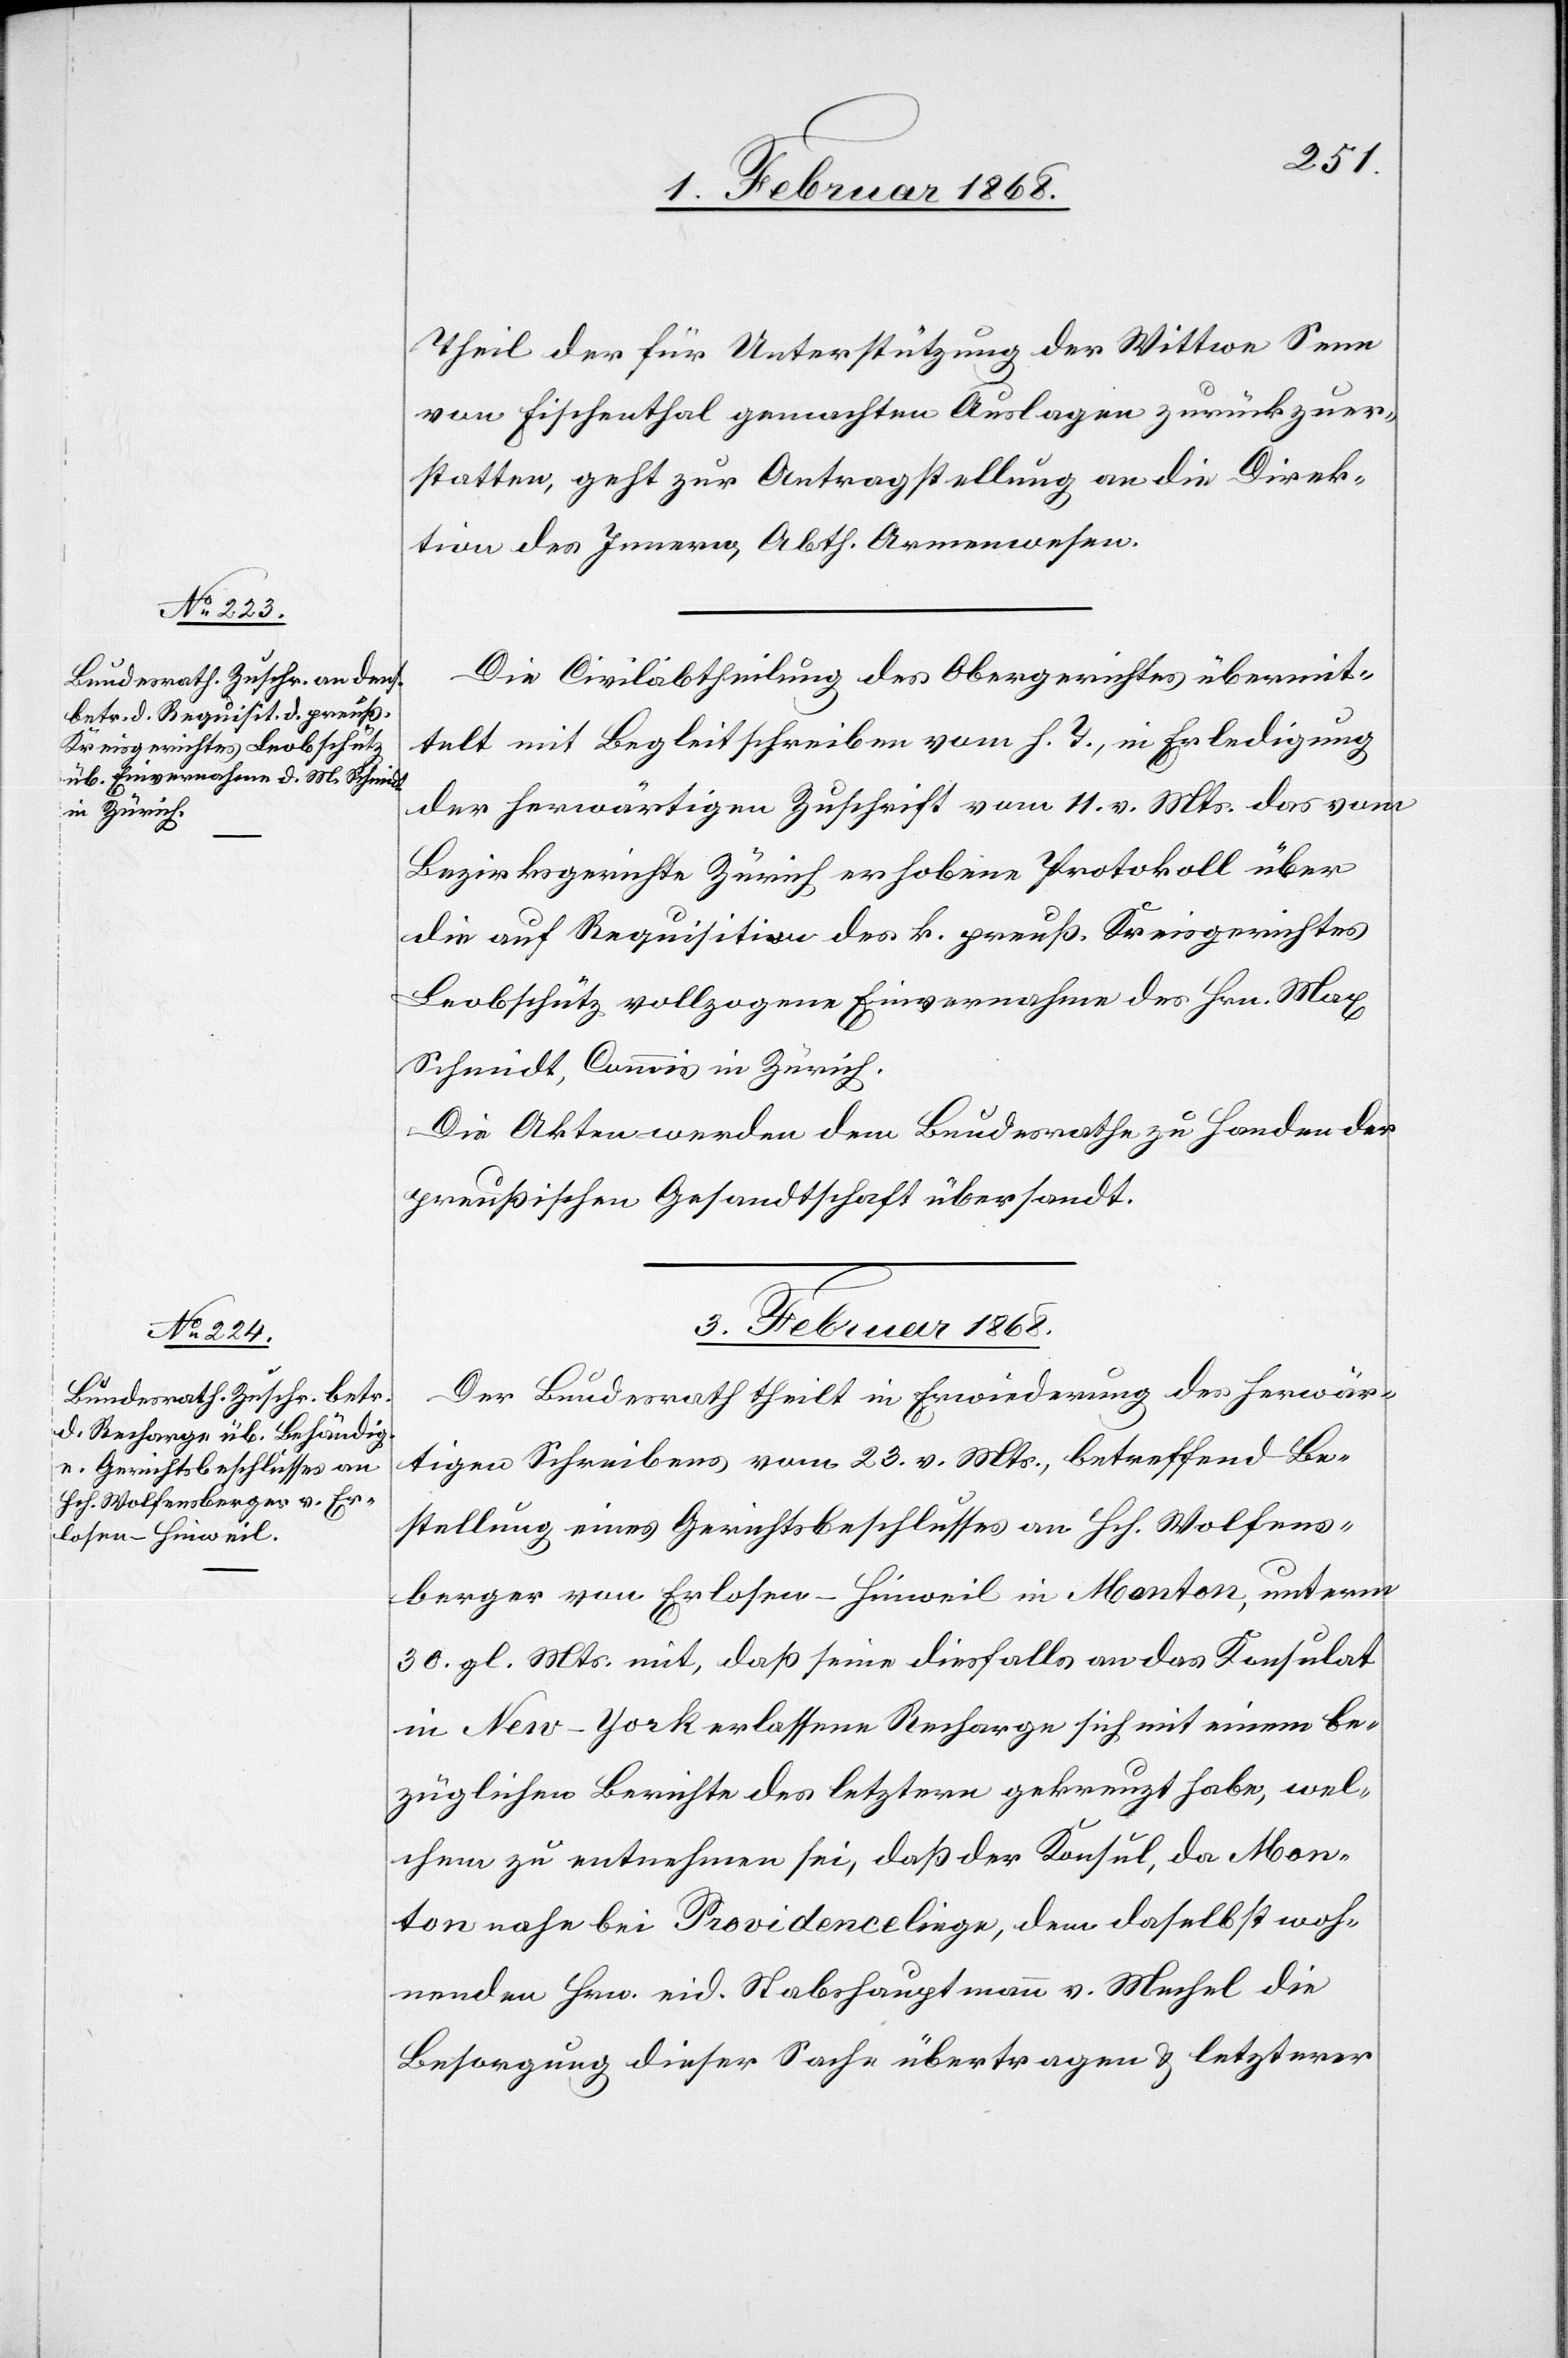
1. Februar 1868.]
Theil der für Unterstützung der Wittwe Senn
von Fischenthal gemachten Auslagen zurückzuer¬
statten, geht zur Antragstellung an die Direk¬
tion des Innern, Abth. Armenwesen.
Die Civilabtheilung des Obergerichtes übermit¬
telt mit Begleitschreiben vom h. T., in Erledigung
der herwärtigen Zuschrift vom 11. v. Mts. das vom
Bezirksgerichte Zürich erhobene Protokoll über
die auf Requisition des k. preuß. Kreisgerichtes
Leobschütz vollzogene Einvernahme des Hrn. Max
Schmidt, Commis in Zürich.
Die Akten werden dem Bundesrathe zu Handen der
preußischen Gesandtschaft übersandt.
3. Februar 1868.
Der Bundesrath theilt in Erwiederung des herwär¬
tigen Schreibens vom 23. v. Mts., betreffend Be¬
stellung eines Gerichtsbeschlusses an Hch. Wolfens¬
berger von Erlosen-Hinweil in Monton, unterm
30. gl. Mts. mit, daß seine diesfalls an das Konsulat
in New-York erlassene Recharge sich mit einem be¬
züglichen Berichte des letztern gekreuzt habe, wel¬
chem zu entnehmen sei, daß der Konsul, da Mon¬
ton nahe bei Providence liege, dem daselbst woh¬
nenden Hrn. eid. Stabshauptmann v. Mechel die
Besorgung dieser Sache übertragen & letzterer